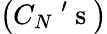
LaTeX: \left(C_{N}\mathrm{~'~s~}\right)